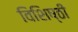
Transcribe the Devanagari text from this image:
विशिष्ठी